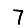
Digit: 7